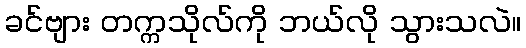
ခင်ဗျား တက္ကသိုလ်ကို ဘယ်လို သွားသလဲ။